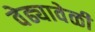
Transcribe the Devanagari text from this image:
वेढ्यावेळी